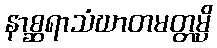
နာစ္ဆရာသံဃာတမတ္တမ္ပိ